Calcutta medical institutions reports 1879-81 [i.e.91]
Year: 1879
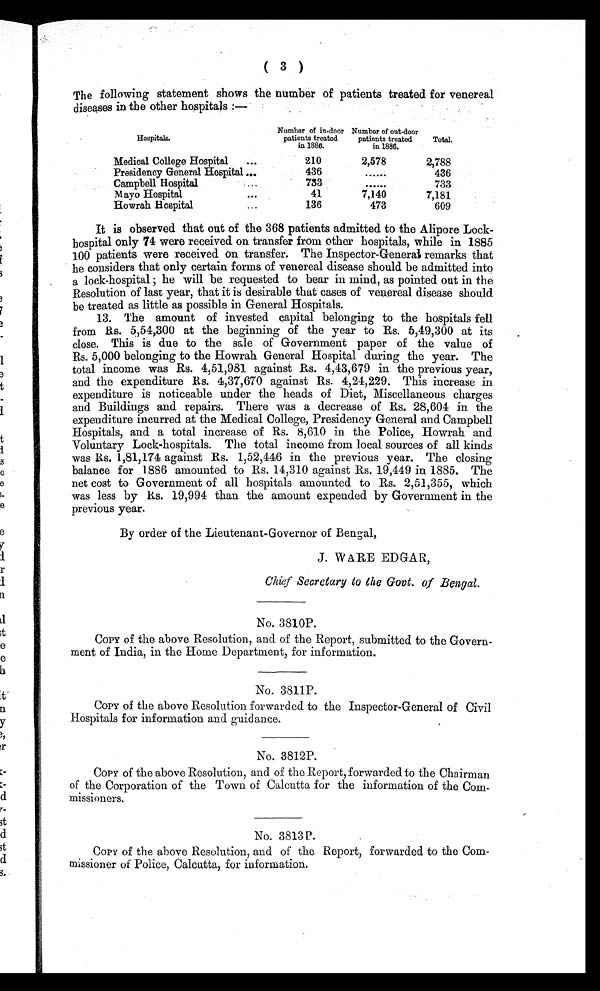
( 3 )
The following statement shows the number of patients treated for venereal
diseases in the other hospitals :—
Hospitals.
Number of in-door
patients treated
in 1886.
Number of out-door
patients treated
in 1886.
Total.
Medical College Hospital
...
210
2,578
2,788
Presidency General Hospital ...
436
...
436
Campbell Hospital
...
733
. . .
733
Mayo Hospital
. . .
41
7,140
7,181
Howrah Hospital
...
136
473
609
It is observed that out of the 368 patients admitted to the Alipore Lock-
hospital only 74 were received on transfer from other hospitals, while in 1885
100 patients were received on transfer. The Inspector-General remarks that
he considers that only certain forms of venereal disease should be admitted into
a l oc k- hos pi t a l ; he wi l l be r e que s t e d t o be a r i n mi nd, a s poi n t e d o u t i n t h e
Resolution of last year, that it is desirable that cases of venereal disease should
be treated as little as possible in General Hospitals.
13. The amount of invested capital belonging to the hospitals fell
from Rs. 5,54,300 at the beginning of the year to Rs. 5,49,300 at its
close. This is due to the sale of Government paper of the value of
Rs. 5,000 belonging to the Howrah General Hospital during the year. The
total income was Rs. 4,51,981 against Rs. 4,43,679 in the previous year,
and the expenditure Rs. 4,37,670 against Rs. 4,24,229. This increase in
expenditure is noticeable under the heads of Diet, Miscellaneous charges
and Buildings and repairs. There was a decrease of Rs. 28,604 in the
expenditure incurred at the Medical College, Presidency General and Campbell
Hospitals, and a total increase of Rs. 8,610 in the Police, Howrah and
Voluntary Lock-hospitals. The total income from local sources of all kinds
was Rs. 1,81,174 against Rs. 1,52,446 in the previous year. The closing
balance for 1886 amounted to Rs. 14,310 against Rs. 19,449 in 1885. The
net cost to Government of all hospitals amounted to Rs. 2,51,355, which
was less by Rs. 19,994 than the amount expended by Government in the
previous year.
By order of the Lieutenant-Governor of Bengal,
J. WARE EDGAR,
Chief Secretary to the Govt. of Bengal.
No. 3810P.
COPY of the above Resolution, and of the Report, submitted to the Govern-
ment of India, in the Home Department, for information.
No. 3811P.
COPY of the above Resolution forwarded to the Inspector-General of Civil
Hospitals for information and guidance.
No. 3812P.
COPY
of the above Resolution, and of the Report, forwarded to the Chairman
of the Corporation of the Town of Calcutta for the information of the Com-
missioners.
No. 3813 P.
COPY of the above Resolution, and of the Report, forwarded to the Com-
missioner of Police, Calcutta, for information.